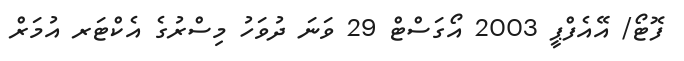
ފޮޓޯ/ އޭއެފްޕީ 2003 އޯގަސްޓް 29 ވަނަ ދުވަހު މިސްރުގެ އެކްޓަރ އުމަރް